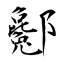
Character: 酁